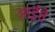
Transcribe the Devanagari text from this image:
आईंचे